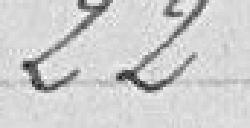
22